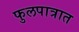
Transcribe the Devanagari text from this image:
फुलपात्रात